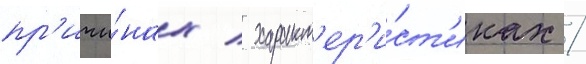
пр'ичи́нах / характ'ер'и́ст'иках /